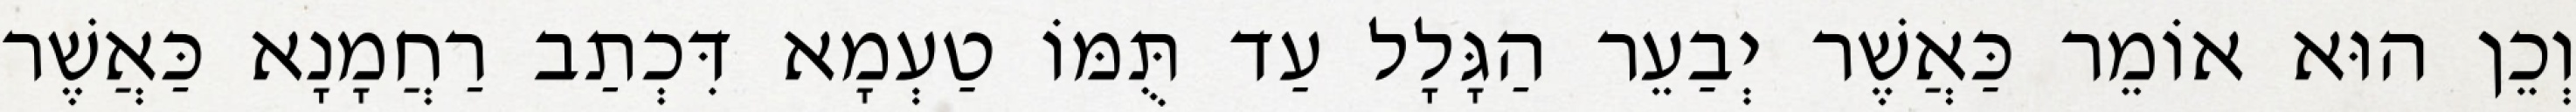
וְכֵן הוּא אוֹמֵר כַּאֲשֶׁר יְבַעֵר הַגָּלָל עַד תֻּמּוֹ טַעְמָא דִּכְתַב רַחֲמָנָא כַּאֲשֶׁר